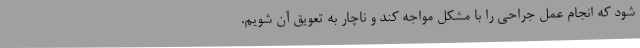
شود که انجام عمل جراحی را با مشکل مواجه کند و ناچار به تعویق آن شویم.